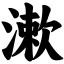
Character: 漱